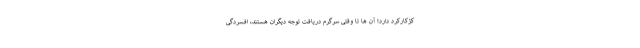
کژکارکرد دارد؛ آن ها تا وقتی سرگرم دریافت توجه دیگران هستند، افسردگی